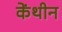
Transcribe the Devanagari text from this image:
केंथीन